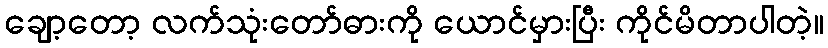
ချော့တော့ လက်သုံးတော်ဓားကို ယောင်မှားပြီး ကိုင်မိတာပါတဲ့။